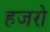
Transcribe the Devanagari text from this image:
हजरो